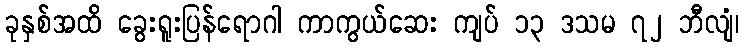
ခုနှစ်အထိ ခွေးရူးပြန်ရောဂါ ကာကွယ်ဆေး ကျပ် ၁၃ ဒသမ ၇၂ ဘီလျံ၊